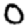
Digit: 0